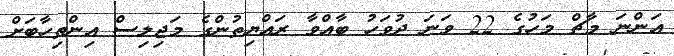
އަންނަ މާޗް މަހުގެ 22 ވަނަ ދުވަހު ބާއްވާ ރައްޔިތުންގެ މަޖިލިސް އިންތިހާބަށް